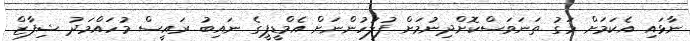
ނާޅައި އެކަމަށް މަގު ތަނަވަސްކޮށްދިނުމަށް ފުލުހުންނަށް އެމްޑީޕީގެ ނައިބު ރައީސް މުހައްމަދު ޝިފާޒް